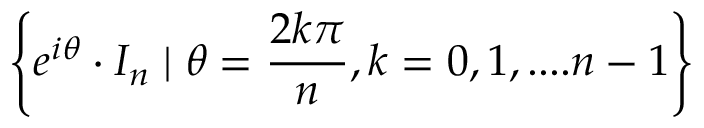
\left\lbrace e ^ { i \theta } \cdot I _ { n } \mid \theta = { \frac { 2 k \pi } { n } } , k = 0 , 1 , . . . . n - 1 \right\rbrace